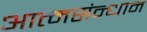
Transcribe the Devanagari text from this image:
आत्मसंन्धान